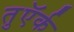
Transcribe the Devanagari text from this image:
तुऍर्क